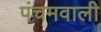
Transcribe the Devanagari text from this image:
पंचमवाली